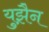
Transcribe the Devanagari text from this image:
युझ़ैन